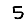
Digit: 5